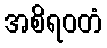
အစိရဝတံ